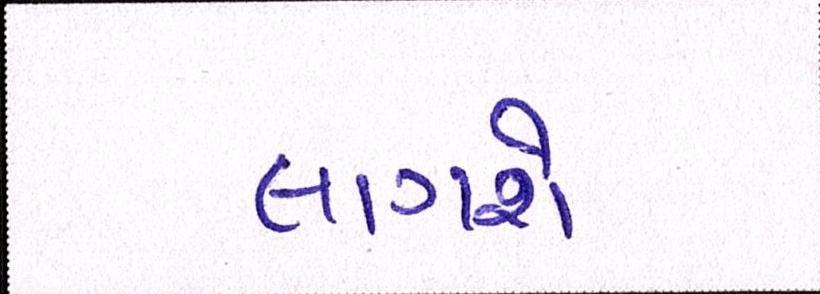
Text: લાગશે